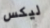
ليكس